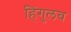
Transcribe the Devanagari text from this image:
हिंगुलव